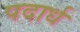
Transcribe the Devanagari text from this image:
पदार्ध